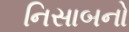
નિસાબનો